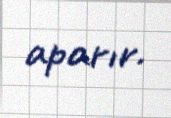
aparır.